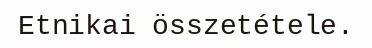
Etnikai összetétele.